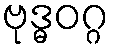
ဗုဒ္ဓဝဂ္ဂ